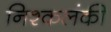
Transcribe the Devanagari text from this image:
निश्कलंकी